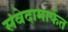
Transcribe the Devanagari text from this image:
संवेदामार्फत